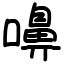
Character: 嚊